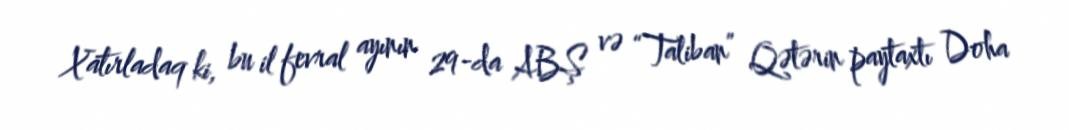
Xatırladaq ki, bu il fevral ayının 29-da ABŞ və “Taliban” Qətərin paytaxtı Doha